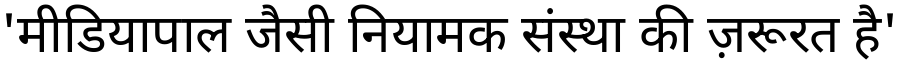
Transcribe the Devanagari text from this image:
'मीडियापाल जैसी नियामक संस्था की ज़रूरत है'